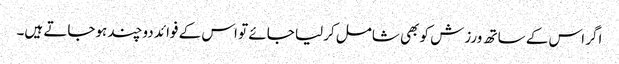
اگر اس کے ساتھ ورزش کو بھی شامل کرلیا جائے تو اس کے فوائد دوچند ہوجاتے ہیں۔